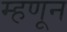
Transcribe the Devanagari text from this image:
म्हणून